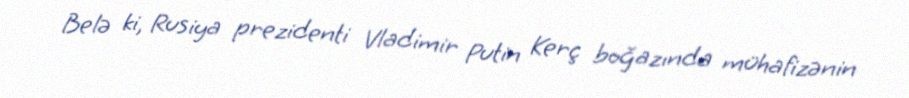
Belə ki, Rusiya prezidenti Vladimir Putin Kerç boğazında mühafizənin